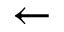
\leftarrow